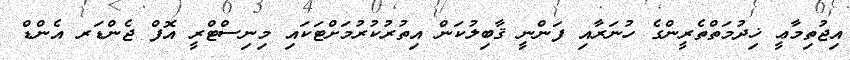
އިޖުތިމާޢީ ޚިދުމަތްތެރީންގެ ހުނަރާއި ފަންނީ ޤާބިލުކަން އިތުރުކުރުމަށްޓަކައި މިނިސްޓްރީ އޮފް ޖެންޑަރ އެންޑް